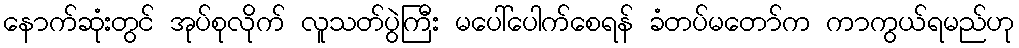
နောက်ဆုံးတွင် အုပ်စုလိုက် လူသတ်ပွဲကြီး မပေါ်ပေါက်စေရန် ခံတပ်မတော်က ကာကွယ်ရမည်ဟု